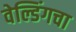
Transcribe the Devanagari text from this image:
वेल्डिंगचा